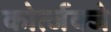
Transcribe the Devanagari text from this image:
कोर्त्जक्जे